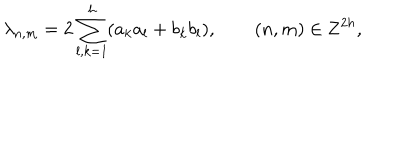
\lambda _ { n , m } = 2 \sum _ { l , k = 1 } ^ { h } ( a _ { k } a _ { l } + b _ { k } b _ { l } ) , \qquad ( n , m ) \in { \bf Z } ^ { 2 h } ,